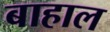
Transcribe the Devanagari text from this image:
बाहाल